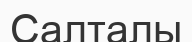
Салталы